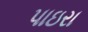
પાઇરા